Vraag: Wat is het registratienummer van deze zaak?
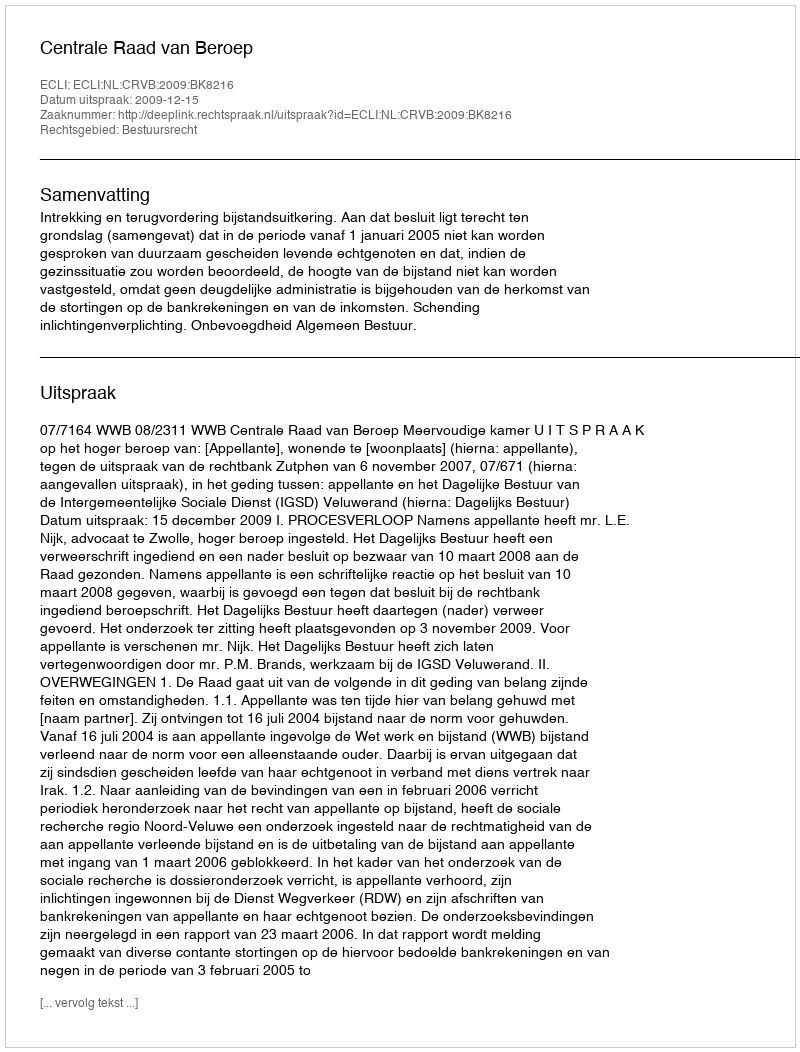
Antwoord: http://deeplink.rechtspraak.nl/uitspraak?id=ECLI:NL:CRVB:2009:BK8216